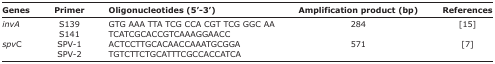
<table><thead><tr><td><b>Genes</b></td><td><b>Primer</b></td><td><b>Oligonucleotides (5’-3’)</b></td><td><b>Amplification product (bp)</b></td><td><b>References</b></td></tr></thead><tbody><tr><td rowspan="2"><i>invA</i></td><td>S139</td><td>GTG AAA TTA TCG CCA CGT TCG GGC AA</td><td>284</td><td>[15]</td></tr><tr><td>S141</td><td>TCATCGCACCGTCAAAGGAACC</td><td></td><td></td></tr><tr><td rowspan="2"><i>spv</i>C</td><td>SPV-1</td><td>ACTCCTTGCACAACCAAATGCGGA</td><td>571</td><td>[7]</td></tr><tr><td>SPV-2</td><td>TGTCTTCTGCATTTCGCCACCATCA</td><td></td><td></td></tr></tbody></table>